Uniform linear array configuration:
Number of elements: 16
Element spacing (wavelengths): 0.25
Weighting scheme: uniform
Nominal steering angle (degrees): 15
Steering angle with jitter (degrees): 15.05
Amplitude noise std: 0.05
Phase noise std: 0.05

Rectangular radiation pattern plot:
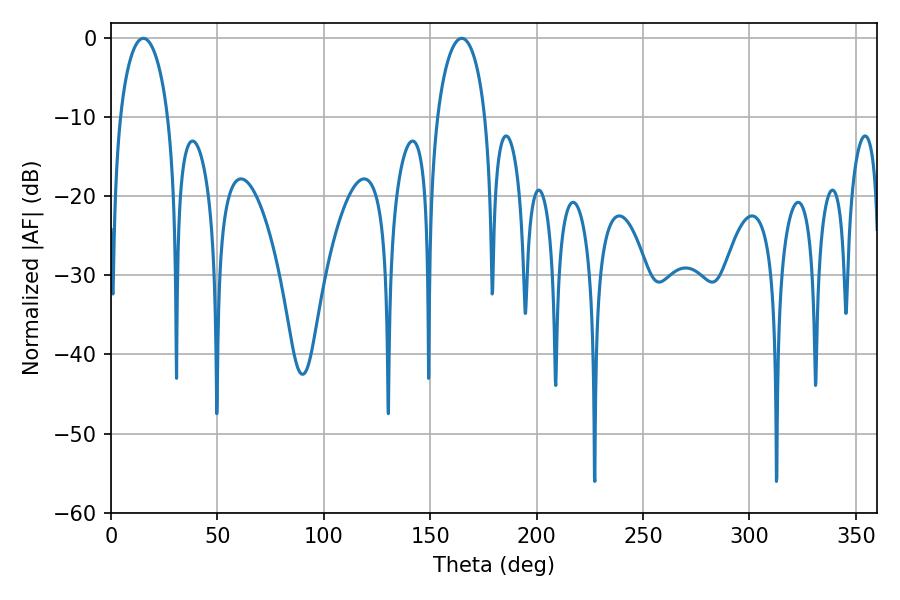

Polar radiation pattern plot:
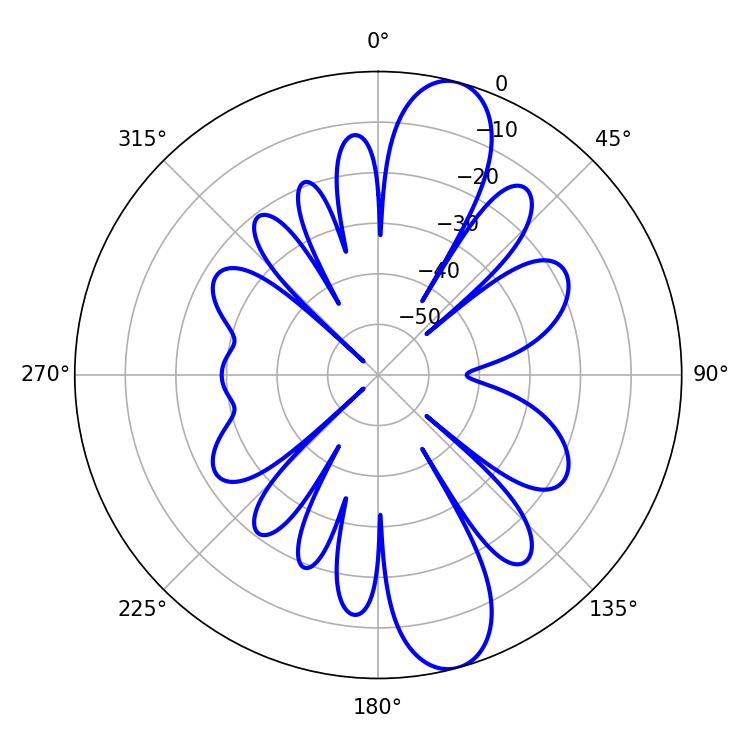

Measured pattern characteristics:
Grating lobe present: FALSE
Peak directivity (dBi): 11.716
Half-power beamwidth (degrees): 12.96
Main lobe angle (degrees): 15.12